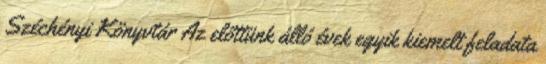
Széchényi Könyvtár Az előttünk álló évek egyik kiemelt feladata